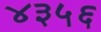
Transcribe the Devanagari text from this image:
४३५६